Taavet_Bergmanni_abiraha_sihtasutus, lk 2
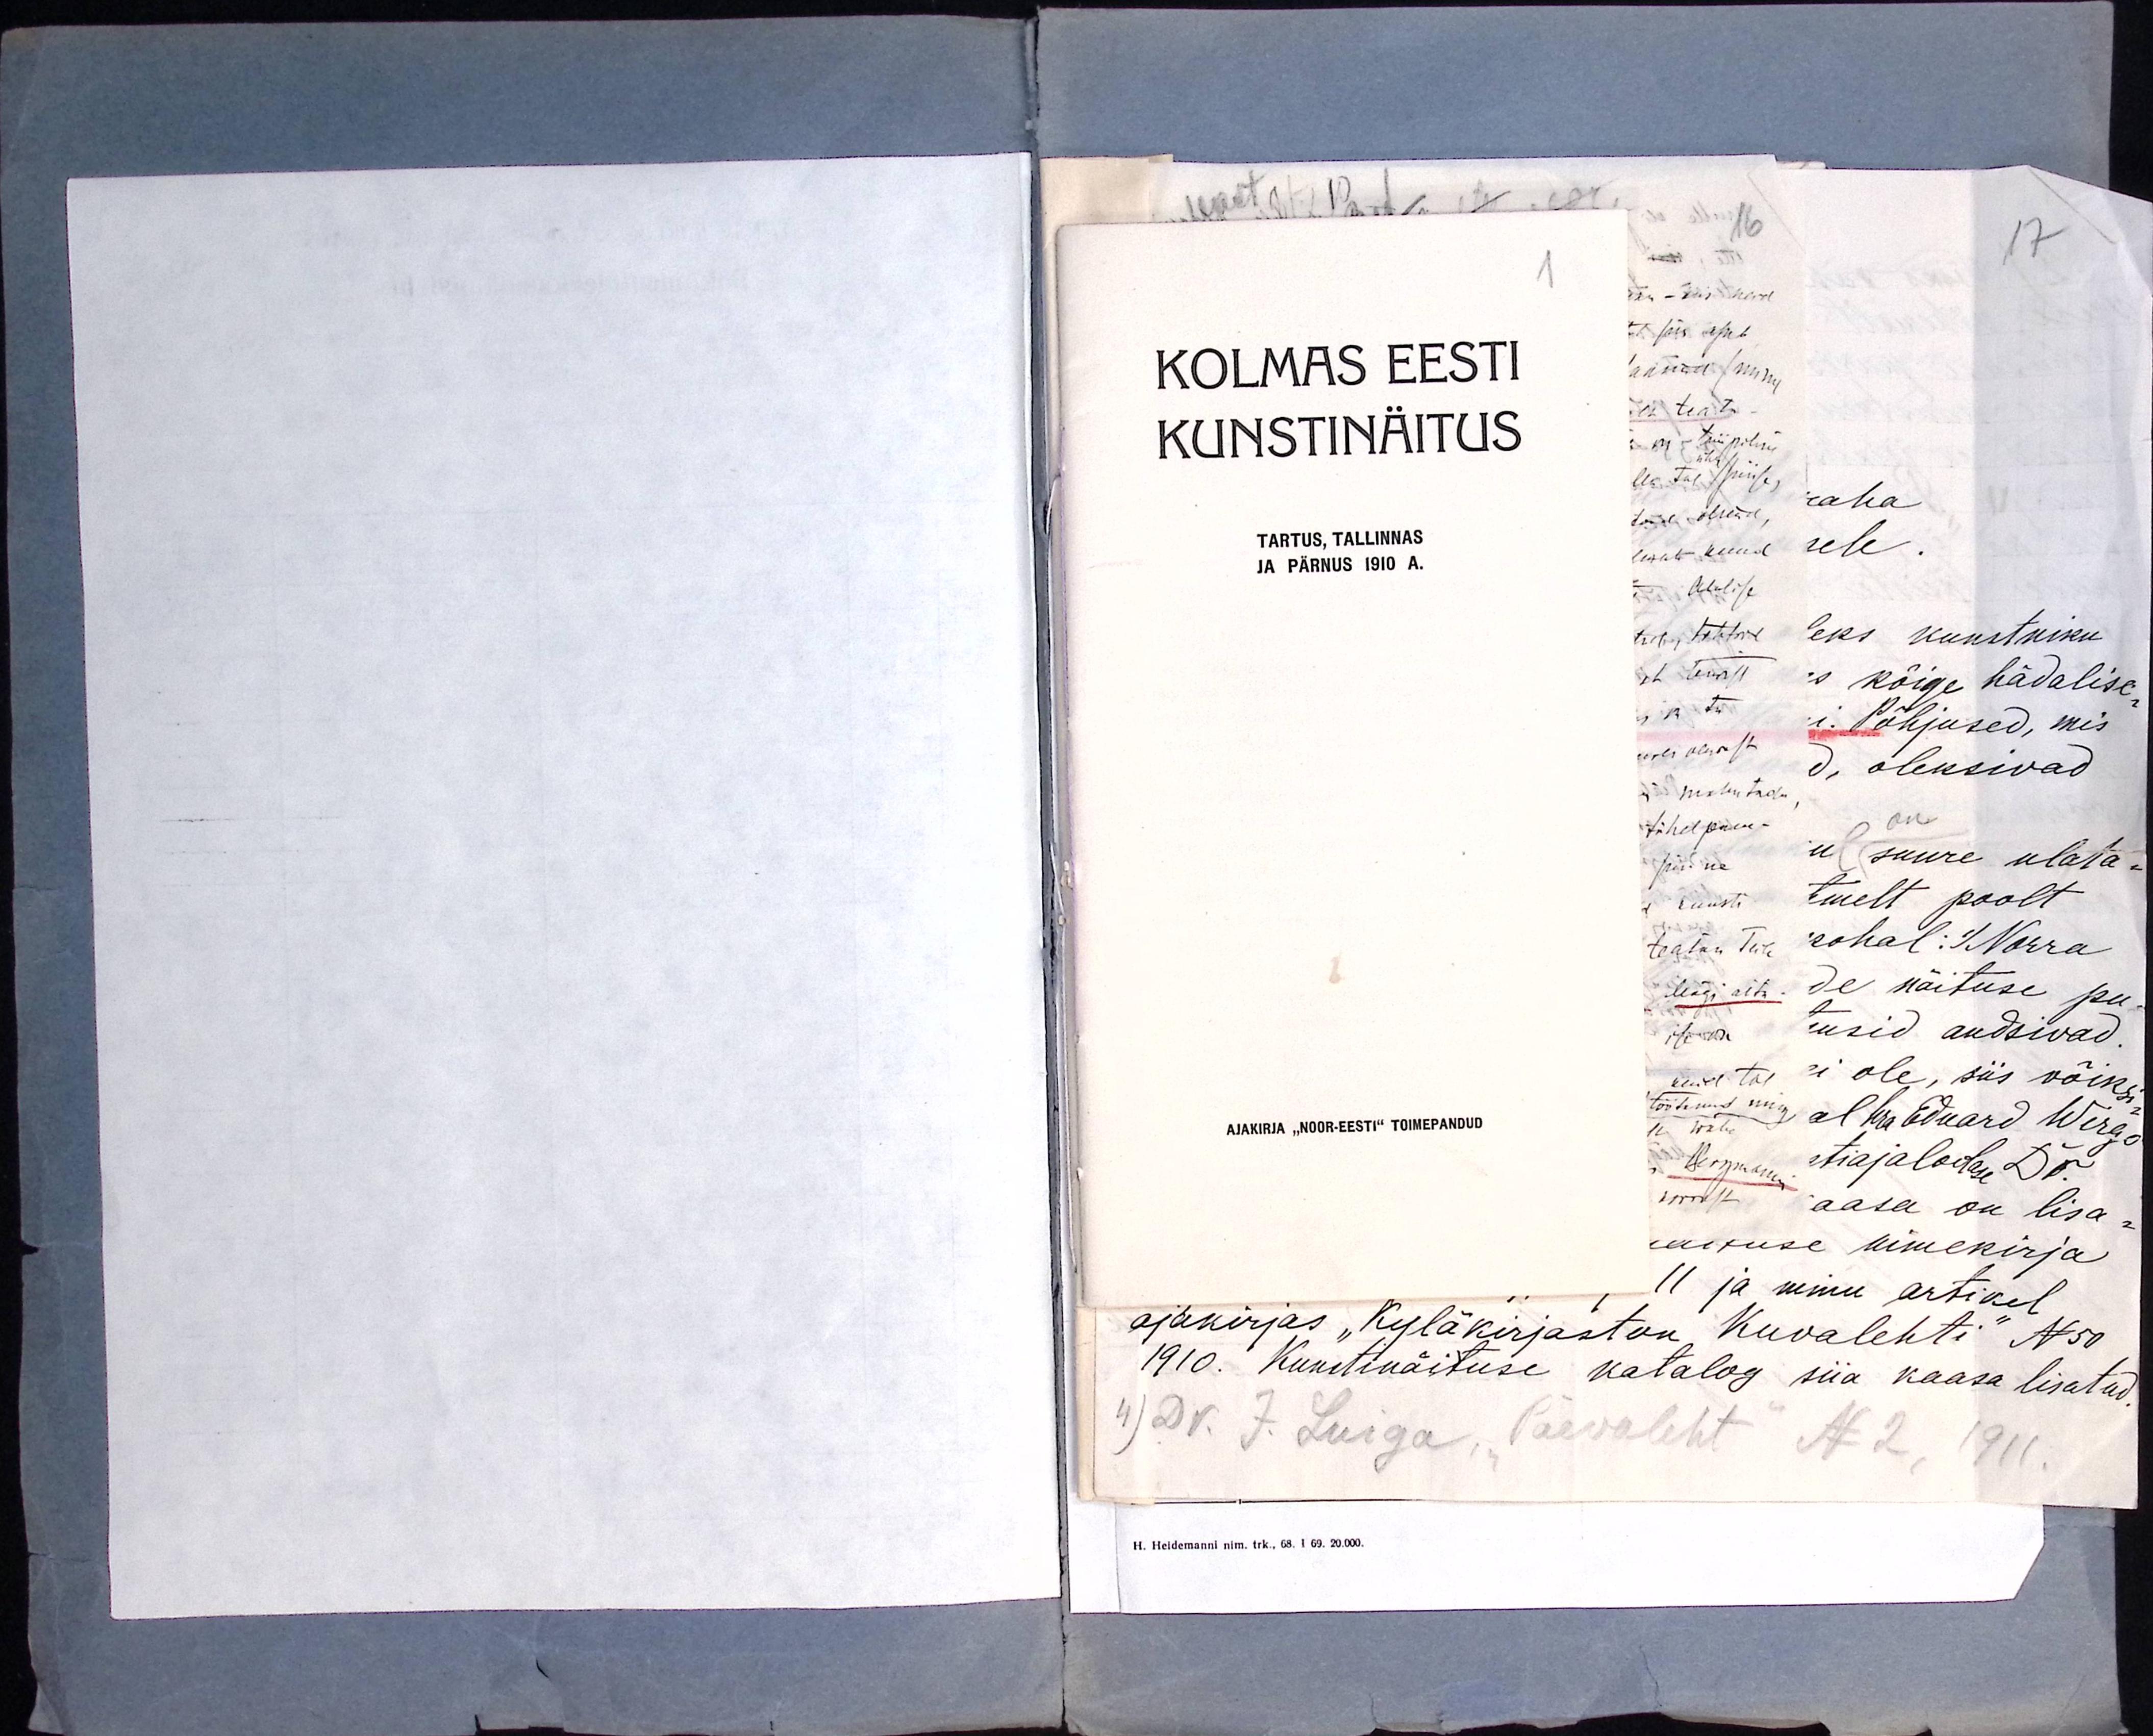
1
KOLMAS EESTI
KUNSTINÄITUS
TARTUS, TALLINNAS
JA PÄRNUS 1910 A.
AJAKIRJA "NOOR-EESTI" TOIMEPANDUD